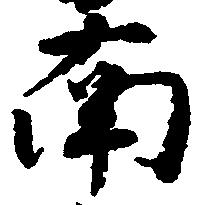
南